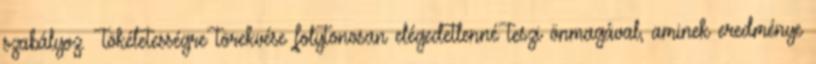
szabályoz. Tökéletességre törekvése folytonosan elégedetlenné teszi önmagával, aminek eredménye